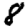
Digit: 8